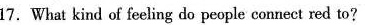
17.What kind of feeling do people connect red to?